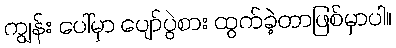
ကျွန်း ပေါ်မှာ ပျော်ပွဲစား ထွက်ခဲ့တာဖြစ်မှာပါ။